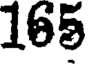
165